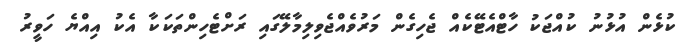
ކުޅެން އުޅުނު ކުއްޖަކު ހާޓްއެޓޭކެއް ޖެހިގެން މަރުވެއްޖެވިލިމާލޭގައި ރަށްޓެހިންތަކަކާ އެކު އިއްޔެ ހަވީރު